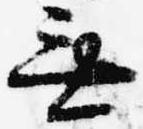
無